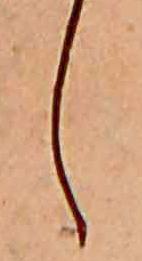
し